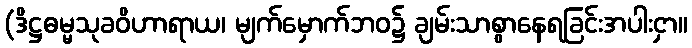
(ဒိဋ္ဌဓမ္မသုခဝိဟာရာယ၊ မျက်မှောက်ဘဝ၌ ချမ်းသာစွာနေရခြင်းအပါးငှာ။